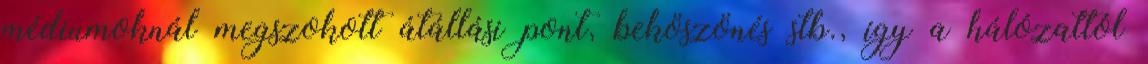
médiumoknál megszokott átállási pont, beköszönés stb., így a hálózattól